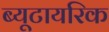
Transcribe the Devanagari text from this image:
ब्यूटायरिक